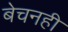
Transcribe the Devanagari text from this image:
बेचनही